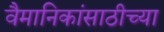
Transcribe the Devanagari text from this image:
वैमानिकांसाठीच्या